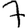
Digit: 7